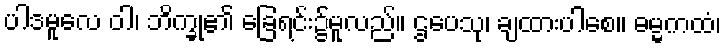
ပါဒမူလေ ဝါ၊ ဘိက္ခု၏ ခြေရင်း၌မူလည်။ ဌပေသု၊ ချထားပါစေ။ ဓမ္မကထံ၊